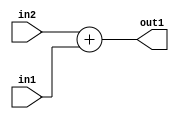
`timescale 1ps / 1ps
/*****************************************************************************
    Verilog RTL Description
    
    
    Created by: Stratus DpOpt 21.05.01 
*******************************************************************************/

module dut_Add_12Ux12U_13U_4 (
	in2,
	in1,
	out1
	); /* architecture "behavioural" */ 
input [11:0] in2,
	in1;
output [12:0] out1;
wire [12:0] asc001;

assign asc001 = 
	+(in2)
	+(in1);

assign out1 = asc001;
endmodule

/* CADENCE  urjyTw0= : u9/ySxbfrwZIxEzHVQQV8Q== ** DO NOT EDIT THIS LINE ******/